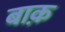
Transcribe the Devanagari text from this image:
बाक़